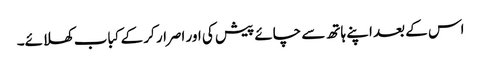
اس کے بعد اپنے ہاتھ سے چائے پیش کی اور اصرار کر کے کباب کھلائے۔